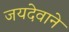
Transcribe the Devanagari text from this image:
जयदेवाने